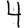
Digit: 4